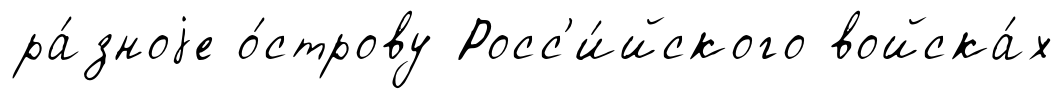
ра́зноjе о́строву Росс'и́йского войска́х